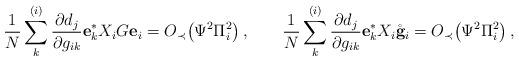
LaTeX: \begin{align*} \frac{1}{N} \sum_k^{(i)} \frac{\partial d_j}{\partial g_{ik}} \mathbf{e}_k^* X_i G\mathbf{e}_i=O_\prec\big(\Psi^2\Pi_i^2\big)\,,\qquad \frac{1}{N} \sum_k^{(i)} \frac{\partial d_j}{\partial g_{ik}} \mathbf{e}_k^* X_i \mathring{\mathbf{g}}_i=O_\prec\big(\Psi^2\Pi_i^2\big)\,, \end{align*}